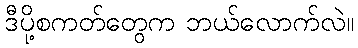
ဒီပို့စကတ်တွေက ဘယ်လောက်လဲ။